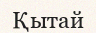
Қытай